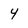
Character: 4